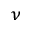
_ \nu